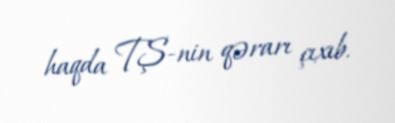
haqda TŞ-nin qərarı çıxıb.